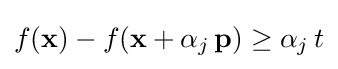
f(\mathbf {x} )-f(\mathbf {x} +\alpha _{j}\,\mathbf {p} )\geq \alpha _{j}\,t